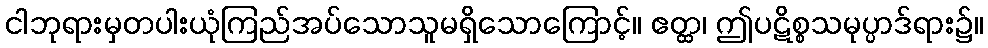
ငါဘုရားမှတပါးယုံကြည်အပ်သောသူမရှိသောကြောင့်။ ဧတ္ထ၊ ဤပဋိစ္စသမုပ္ပာဒ်ရား၌။